Annual report of the Central Committee of the Association together with the report of the directors of the Pasteur Institute at Kasauli
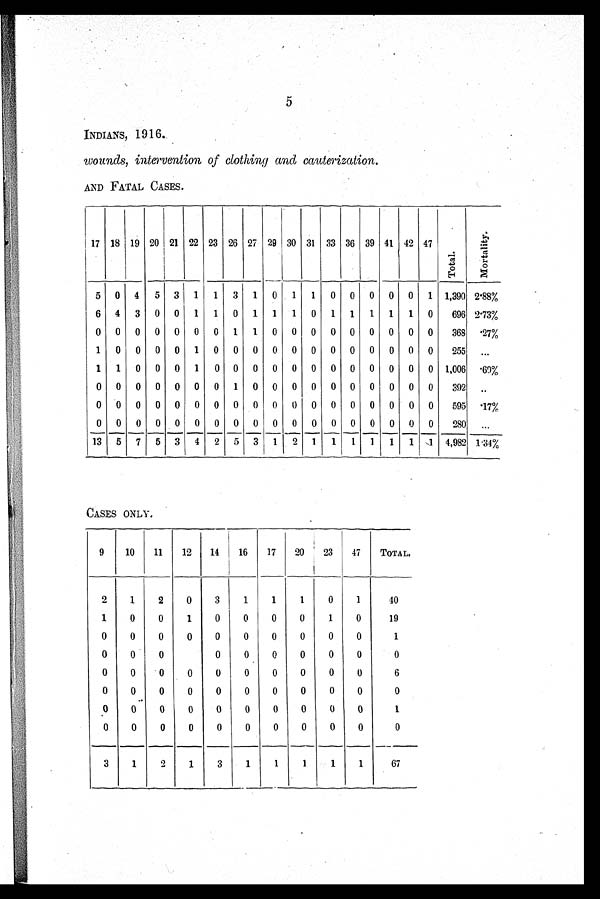
5
INDIANS, 1916.
wounds, intervention of clothing and cauterization.
AND FATAL CASES.
17 18 19 20 21 22 23 26 27 29 30 31 33 36 39 41 42 47
T o t a l .
M o r t a l i t y .
5 0 4 5 3 1 1 3 1 0 1 1 0 0 0 0 0 1 1,390 2'88%
6 4 3 0 0 1 1 0 1 1 1 0 1 1 1 1 1 0
696 213%
0 0 0 0 0 0 0 1 1 0 0 0 0 0 0 0 0 0
368 '27%
1 0 0 0 0 1 0 0 0 0 0 0 0 0 0 0 0 0
255
. . .
1 1 0 0 0 1 0 0 0 0 0 0 0 0 0 0 0 0 1,006
6 9 %
0 0 0 0 0 0 0 1 0 0 0 0 0 0 0 0 0 0
392 ..
0 0 0 0 0 0 0 0 0 0 0 0 0 0 0 0 0 0
595 '17%
0 0 0 0 0 0 0 0 0 0 0 0 0 0 0 0 0 0
280 ...
13 5 7 5 3 4 2 5 3 1 2 1
1 1 1 1 1
. 1 4,982 1 .34%
CASES ONLY.
9
10
11
12
14 j 16
17
20
23
47
TOTAL.
2
1
2
0
3
1
1
1
0
1
40
1
0
0
1
0
0
0
0
1
0
19
0
0
0
0
0
0
0
0
0
0
1
0
0
0
0
0
0
0
0
0
0
0
0
0
0
0
0
0
0
0
0
6
0
0 0
0
0
0
0
0
0
0
0
0
0
0
0
0
0
0
0
0
0
1
0
0
0
0
0
0
0
0
0
0
0
3
1
2
1
3
1
1
1
1
1
67